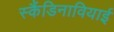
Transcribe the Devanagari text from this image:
स्कैंडिनावियाई